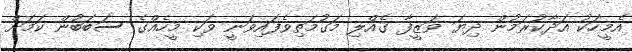
އެމީހަކު އަދާކުރަމުން ދިޔަ ވަޒީފާ ގެއްލި މަގުމަތިވެފައިވަނީ ވަކި މީހެއްގެ ސަބަބުން ކަމަށް